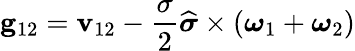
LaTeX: \mathbf{g}_{12}=\mathbf{v}_{12}-\frac{\sigma}{2}\widehat{\boldsymbol{\sigma}}\times(\boldsymbol{\omega}_{1}+\boldsymbol{\omega}_{2})